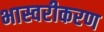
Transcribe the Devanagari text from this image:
भास्वरीकरण